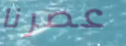
عصرنا